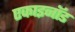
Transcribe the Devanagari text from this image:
एकाइनॉड